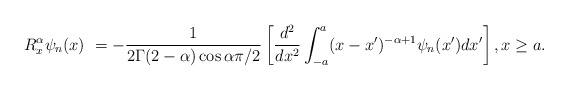
\begin{align*}R_{x}^{\alpha}\psi_{n}(x)\ =-\frac{1}{2\Gamma(2-\alpha)\cos\alpha\pi/2}\left[\frac{d^{2}}{dx^{2}}\int_{-a}^{a}(x-x^{\prime})^{-\alpha+1}\psi_{n}(x^{\prime})dx^{\prime}\right] ,x\geq a.\end{align*}